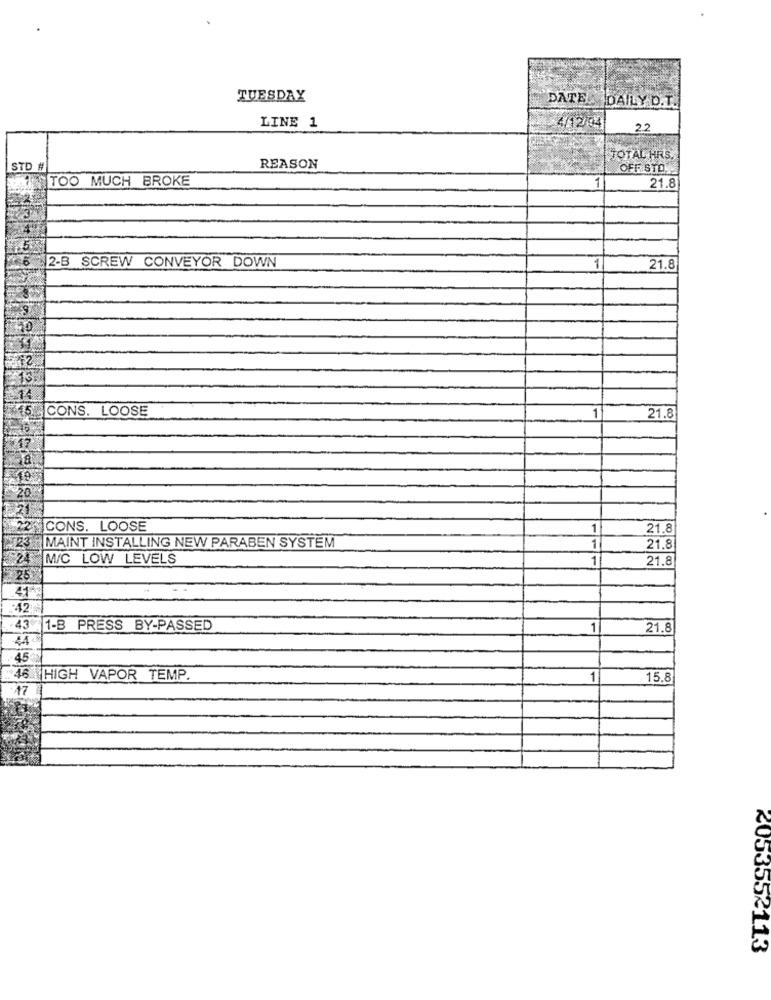
TUESDAY
DATE
DAILY D.T.
LINE 1
4/12/041
2.2
TOTAL HRS.
STD #
REASON
OFF STO.
TOO MUCH BROKE
21.8
2-B SCREW CONVEYOR DOWN
1
21.8
10
13
CONS. LOOSE
1
21.8
CONS. LOOSE
1
21.8
MAINT INSTALLING NEW PARABEN SYSTEM
1
21.8
M/C LOW LEVELS
1
21.8
42
43
1-B PRESS BY-PASSED
1
21.8
44
45+
46 HIGH VAPOR TEMP.
1
15.8
17
2053552113